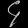
Digit: ၄